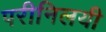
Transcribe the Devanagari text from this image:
परीनिलयी